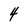
Character: 4